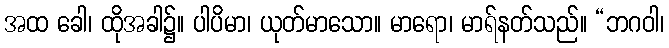
အထ ခေါ၊ ထိုအခါ၌။ ပါပိမာ၊ ယုတ်မာသော။ မာရော၊ မာရ်နတ်သည်။ “ဘဂဝါ၊